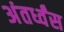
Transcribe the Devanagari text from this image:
अंतर्ध्वंस